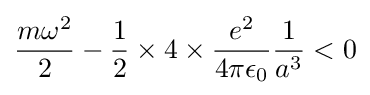
{\frac {m\omega ^{2}}{2}}-{\frac {1}{2}}\times 4\times {\frac {e^{2}}{4\pi \epsilon _{0}}}{\frac {1}{a^{3}}}<0